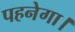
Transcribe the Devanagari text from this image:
पहनेगा।